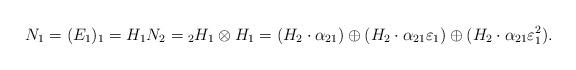
LaTeX: \begin{align*}N_1 = (E_1)_1 = H_1 N_2 = {_2H_1}\otimes H_1 = (H_2 \cdot \alpha_{21})\oplus (H_2 \cdot \alpha_{21} \varepsilon_1) \oplus (H_2\cdot \alpha_{21} \varepsilon_1^2).\end{align*}